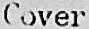
COVER